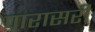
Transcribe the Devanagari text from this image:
पारासरी